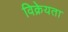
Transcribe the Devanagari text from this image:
विक्रेयता